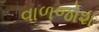
વાળજોશ